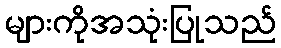
များကိုအသုံးပြုသည်